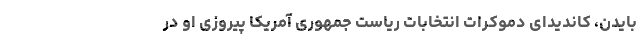
بایدن، کاندیدای دموکرات انتخابات ریاست جمهوری آمریکا پیروزی او در